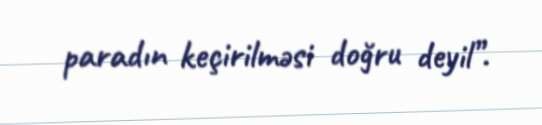
paradın keçirilməsi doğru deyil”.